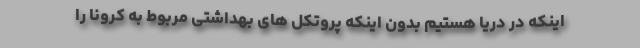
اینکه در دریا هستیم بدون اینکه پروتکل های بهداشتی مربوط به کرونا را